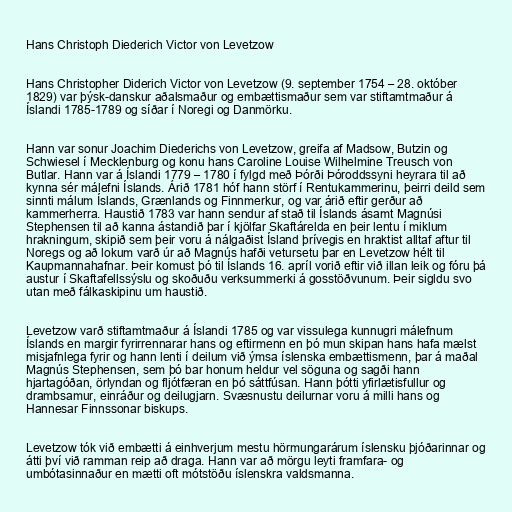
Hans Christoph Diederich Victor von Levetzow

Hans Christopher Diderich Victor von Levetzow (9. september 1754 – 28. október
1829) var þýsk-danskur aðalsmaður og embættismaður sem var stiftamtmaður á
Íslandi 1785-1789 og síðar í Noregi og Danmörku.

Hann var sonur Joachim Diederichs von Levetzow, greifa af Madsow, Butzin og
Schwiesel í Mecklenburg og konu hans Caroline Louise Wilhelmine Treusch von
Butlar. Hann var á Íslandi 1779 – 1780 í fylgd með Þórði Þóroddssyni heyrara til að
kynna sér málefni Íslands. Árið 1781 hóf hann störf í Rentukammerinu, þeirri deild sem
sinnti málum Íslands, Grænlands og Finnmerkur, og var árið eftir gerður að
kammerherra. Haustið 1783 var hann sendur af stað til Íslands ásamt Magnúsi
Stephensen til að kanna ástandið þar í kjölfar Skaftárelda en þeir lentu í miklum
hrakningum, skipið sem þeir voru á nálgaðist Ísland þrívegis en hraktist alltaf aftur til
Noregs og að lokum varð úr að Magnús hafði vetursetu þar en Levetzow hélt til
Kaupmannahafnar. Þeir komust þó til Íslands 16. apríl vorið eftir við illan leik og fóru þá
austur í Skaftafellssýslu og skoðuðu verksummerki á gosstöðvunum. Þeir sigldu svo
utan með fálkaskipinu um haustið.

Levetzow varð stiftamtmaður á Íslandi 1785 og var vissulega kunnugri málefnum
Íslands en margir fyrirrennarar hans og eftirmenn en þó mun skipan hans hafa mælst
misjafnlega fyrir og hann lenti í deilum við ýmsa íslenska embættismenn, þar á maðal
Magnús Stephensen, sem þó bar honum heldur vel söguna og sagði hann
hjartagóðan, örlyndan og fljótfæran en þó sáttfúsan. Hann þótti yfirlætisfullur og
drambsamur, einráður og deilugjarn. Svæsnustu deilurnar voru á milli hans og
Hannesar Finnssonar biskups.

Levetzow tók við embætti á einhverjum mestu hörmungarárum íslensku þjóðarinnar og
átti því við ramman reip að draga. Hann var að mörgu leyti framfara- og
umbótasinnaður en mætti oft mótstöðu íslenskra valdsmanna.